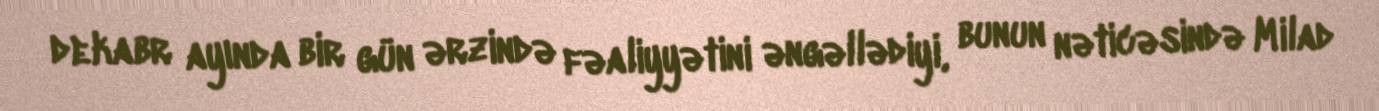
dekabr ayında bir gün ərzində fəaliyyətini əngəllədiyi, bunun nəticəsində Milad